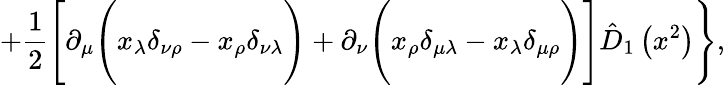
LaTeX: +\frac 12\Biggl[\partial_{\mu}\Biggl(x_{\lambda}\delta_{\nu\rho}-x_{\rho}\delta_{\nu\lambda}\Biggr)+\partial_{\nu}\Biggl(x_{\rho}\delta_{\mu\lambda}-x_{\lambda}\delta_{\mu\rho}\Biggr)\Biggr]\hat{D}_{1}\left(x^{2}\right)\Biggr\} ,